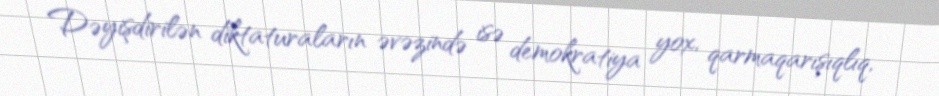
Dəyişdirilən diktaturaların əvəzində isə demokratiya yox, qarmaqarışıqlıq,